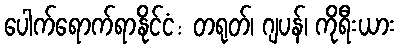
ပေါက်ရောက်ရာနိုင်ငံ: တရုတ်၊ ဂျပန်၊ ကိုရီးယား